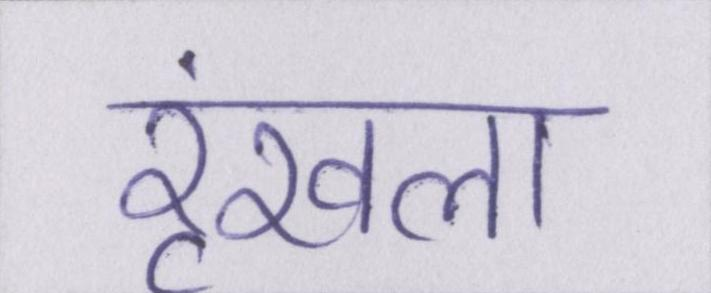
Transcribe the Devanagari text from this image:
रॄंखला